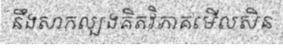
នឹងសាកល្បងគិតវិភាគមើលសិន